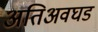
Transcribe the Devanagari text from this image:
अतिअवघड